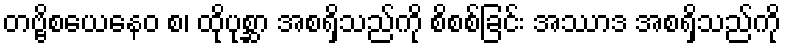
တဗ္ဗိစယေနေဝ စ၊ ထိုပုစ္ဆာ အစရှိသည်ကို စိစစ်ခြင်း အဿာဒ အစရှိသည်ကို